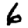
Digit: 6